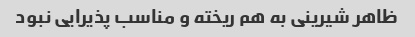
ظاهر شیرینی به هم ریخته و مناسب پذیرایی نبود